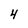
Character: 4